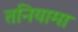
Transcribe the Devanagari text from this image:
तनियामा